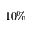
1 0 \%